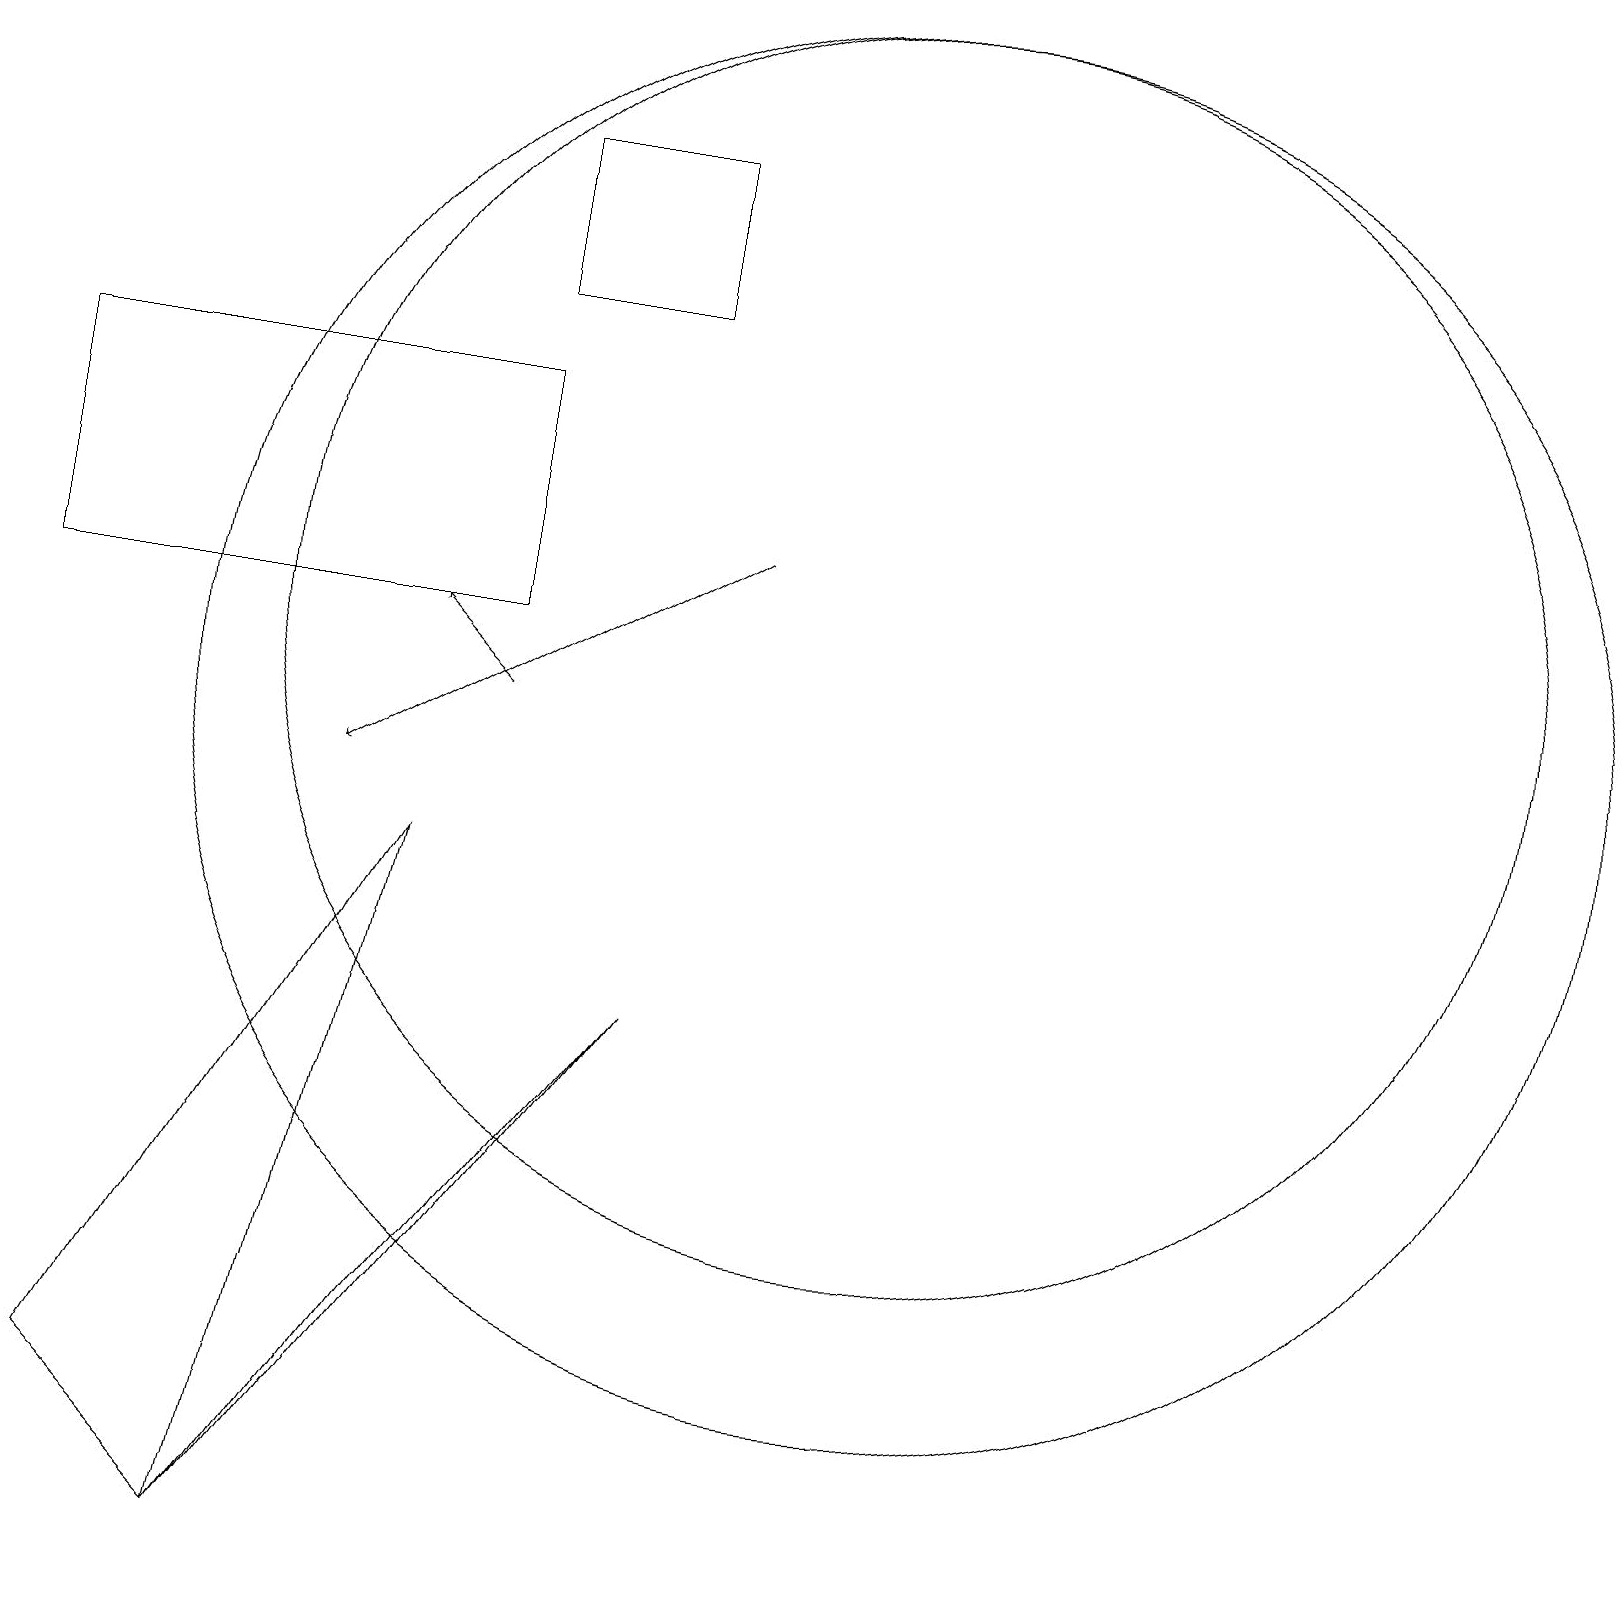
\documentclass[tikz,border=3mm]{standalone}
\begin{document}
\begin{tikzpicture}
\draw (8,7) -- (5,3) -- (3,0) -- cycle;
\draw (8,18) rectangle (6,16);
\draw (0,15) rectangle (6,12);
\draw (5,9) -- (1,2) -- (3,0) -- cycle;
\draw[->] (6,11) -- (5,12);
\draw (11,11) circle (9);
\draw[->] (9,13) -- (4,10);
\draw (11,12) circle (8);
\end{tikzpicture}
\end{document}